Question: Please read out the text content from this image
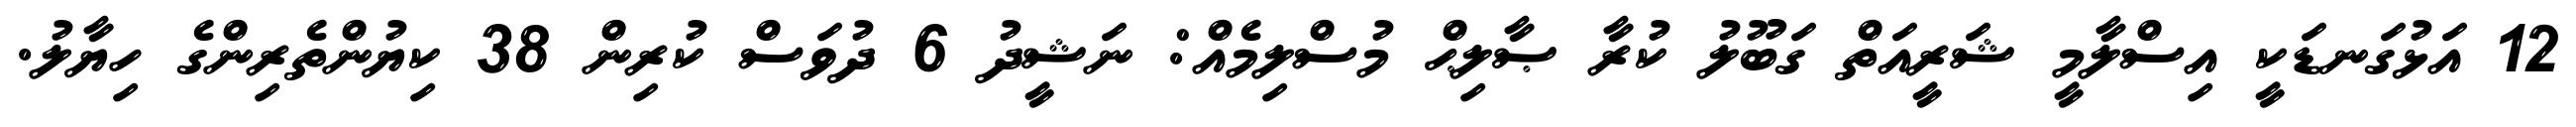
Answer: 12 އަޅުގަނޑަކީ އިސްލާމީ ޝަރީއަތް ގަބޫލު ކުރާ ޞާލިޙް މުސްލިމެއް: ނަޝީދު 6 ދުވަސް ކުރިން 38 ކިޔުންތެރިންގެ ހިޔާލު.